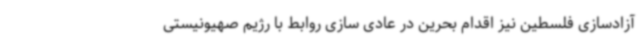
آزادسازی فلسطین نیز اقدام بحرین در عادی سازی روابط با رژیم صهیونیستی